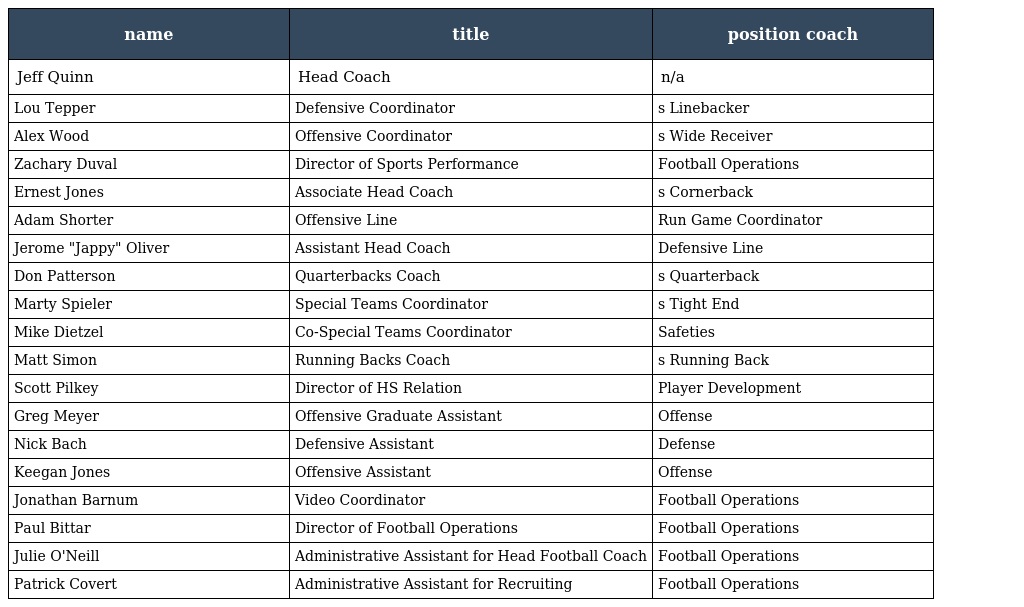
| name | title | position coach |
 | --- | --- | --- |
 | Jeff Quinn | Head Coach | n/a |
 | Lou Tepper | Defensive Coordinator | s Linebacker |
 | Alex Wood | Offensive Coordinator | s Wide Receiver |
 | Zachary Duval | Director of Sports Performance | Football Operations |
 | Ernest Jones | Associate Head Coach | s Cornerback |
 | Adam Shorter | Offensive Line | Run Game Coordinator |
 | Jerome "Jappy" Oliver | Assistant Head Coach | Defensive Line |
 | Don Patterson | Quarterbacks Coach | s Quarterback |
 | Marty Spieler | Special Teams Coordinator | s Tight End |
 | Mike Dietzel | Co-Special Teams Coordinator | Safeties |
 | Matt Simon | Running Backs Coach | s Running Back |
 | Scott Pilkey | Director of HS Relation | Player Development |
 | Greg Meyer | Offensive Graduate Assistant | Offense |
 | Nick Bach | Defensive Assistant | Defense |
 | Keegan Jones | Offensive Assistant | Offense |
 | Jonathan Barnum | Video Coordinator | Football Operations |
 | Paul Bittar | Director of Football Operations | Football Operations |
 | Julie O'Neill | Administrative Assistant for Head Football Coach | Football Operations |
 | Patrick Covert | Administrative Assistant for Recruiting | Football Operations |